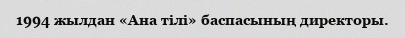
1994 жылдан «Ана тілі» баспасының директоры.